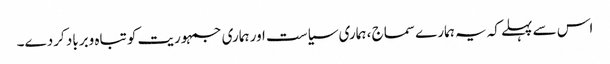
اس سے پہلے کہ یہ ہمارے سماج ، ہماری سیاست اور ہماری جمہوریت کو تباہ وبرباد کردے۔